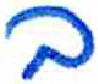
אות: ב